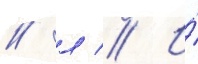
/ л // И́